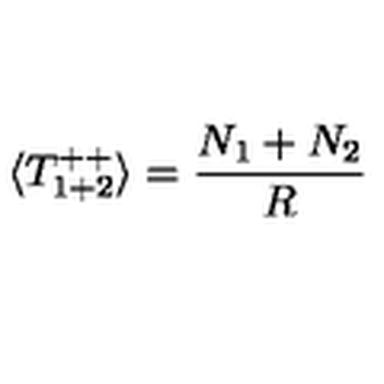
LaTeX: \langle T _ { 1 + 2 } ^ { + + } \rangle = \frac { N _ { 1 } + N _ { 2 } } { R }